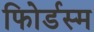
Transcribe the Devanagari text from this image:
फोिर्डस्म